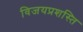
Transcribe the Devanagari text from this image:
विजयप्रशस्ति